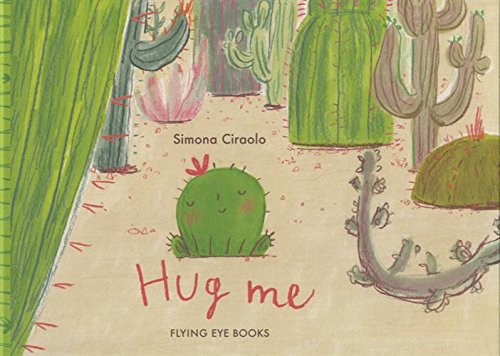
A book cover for Hug Me; Arts & Photography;